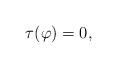
LaTeX: \begin{align*}\tau(\varphi)=0,\end{align*}